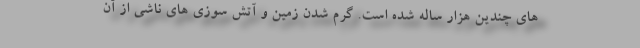
های چندین هزار ساله شده است. گرم شدن زمین و آتش سوزی های ناشی از آن